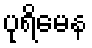
ပုရိမေန